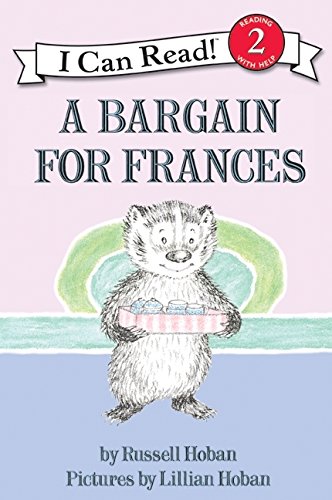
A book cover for A Bargain for Frances (I Can Read Level 2); Russell Hoban; Children's Books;